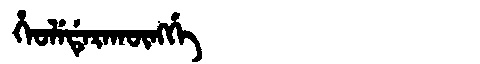
Manchu: ᡥᡝᠣᠯᡝᡩᡝᡵᠠᡴᡡᠩᡤᡝ
Romanization: HEOLEDERAKŪNGGE